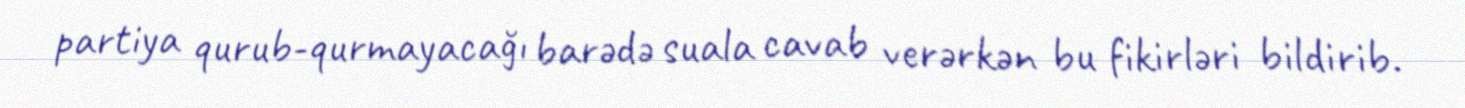
partiya qurub-qurmayacağı barədə suala cavab verərkən bu fikirləri bildirib.